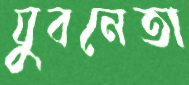
যুবনেতা